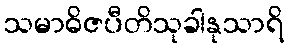
သမာဓိဇပီတိသုခါနုသာရိ